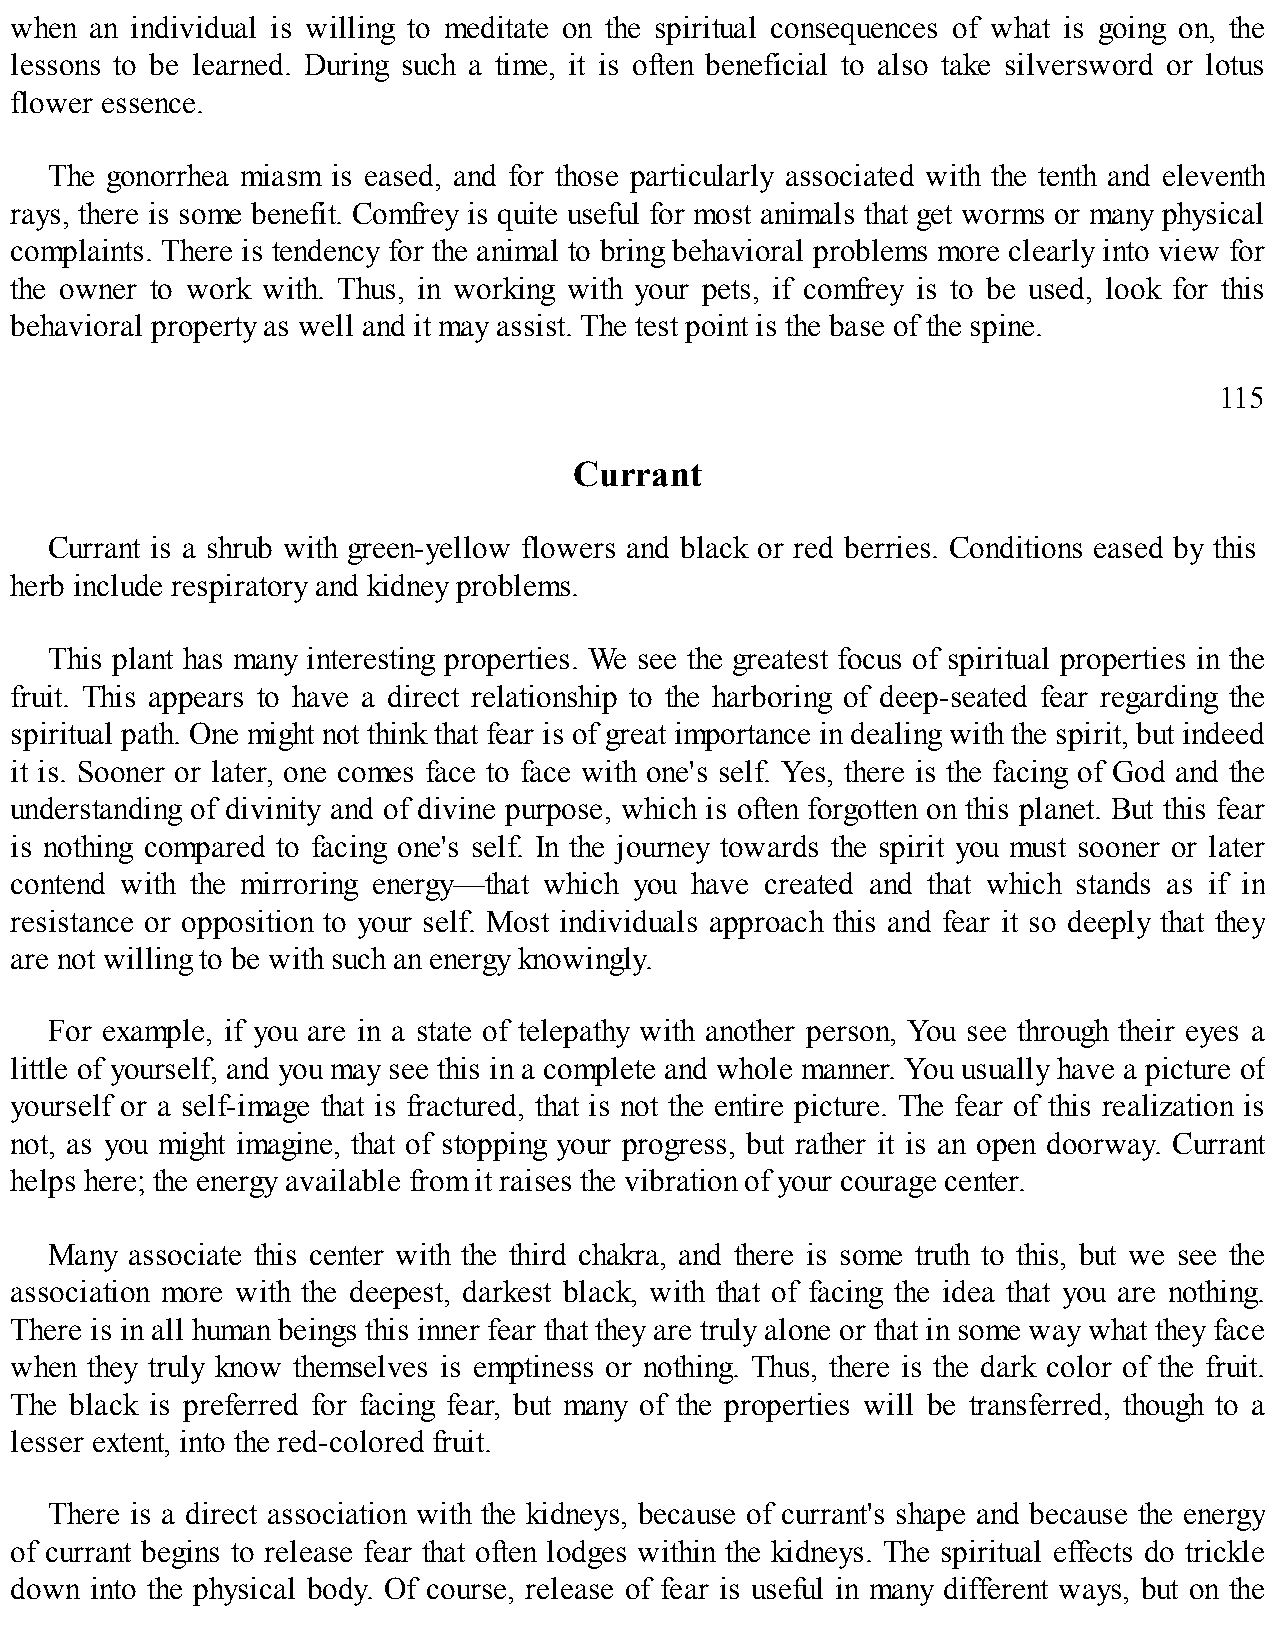
when an individual is willing to meditate on the spiritual consequences of what is going on, the
 lessons to be learned. During such a time, it is often beneficial to also take silversword or lotus
 flower essence.
 The gonorrhea miasm is eased, and for those particularly associated with the tenth and eleventh
 rays, there is some benefit. Comfrey is quite useful for most animals that get worms or many physical
 complaints. There is tendency for the animal to bring behavioral problems more clearly into view for
 the owner to work with. Thus, in working with your pets, if comfrey is to be used, look for this
 behavioral property as well and it may assist. The test point is the base of the spine.
 115
 Currant
 Currant is a shrub with green-yellow flowers and black or red berries. Conditions eased by this
 herb include respiratory and kidney problems.
 This plant has many interesting properties. We see the greatest focus of spiritual properties in the
 fruit. This appears to have a direct relationship to the harboring of deep-seated fear regarding the
 spiritual path. One might not think that fear is of great importance in dealing with the spirit, but indeed
 it is. Sooner or later, one comes face to face with one's self. Yes, there is the facing of God and the
 understanding of divinity and of divine purpose, which is often forgotten on this planet. But this fear
 is nothing compared to facing one's self. In the journey towards the spirit you must sooner or later
 contend with the mirroring energy—that which you have created and that which stands as if in
 resistance or opposition to your self. Most individuals approach this and fear it so deeply that they
 are not willing to be with such an energy knowingly.
 For example, if you are in a state of telepathy with another person, You see through their eyes a
 little of yourself, and you may see this in a complete and whole manner. You usually have a picture of
 yourself or a self-image that is fractured, that is not the entire picture. The fear of this realization is
 not, as you might imagine, that of stopping your progress, but rather it is an open doorway. Currant
 helps here; the energy available from it raises the vibration of your courage center.
 Many associate this center with the third chakra, and there is some truth to this, but we see the
 association more with the deepest, darkest black, with that of facing the idea that you are nothing.
 There is in all human beings this inner fear that they are truly alone or that in some way what they face
 when they truly know themselves is emptiness or nothing. Thus, there is the dark color of the fruit.
 The black is preferred for facing fear, but many of the properties will be transferred, though to a
 lesser extent, into the red-colored fruit.
 There is a direct association with the kidneys, because of currant's shape and because the energy
 of currant begins to release fear that often lodges within the kidneys. The spiritual effects do trickle
 down into the physical body. Of course, release of fear is useful in many different ways, but on the